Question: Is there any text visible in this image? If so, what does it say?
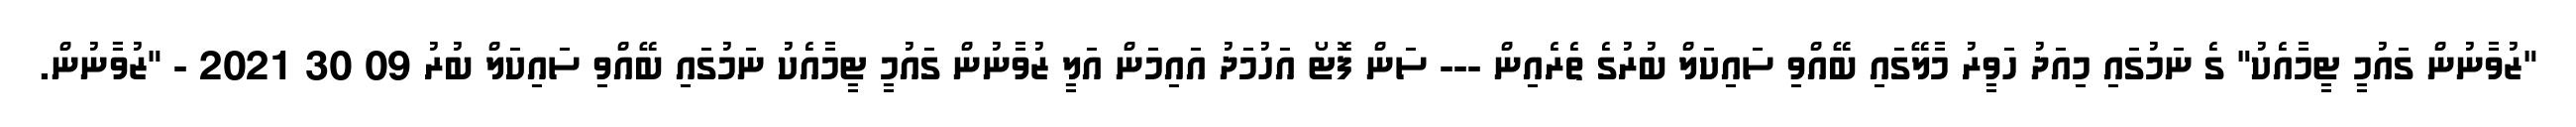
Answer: "ޒުވާނުން ގައުމީ ޓީމާއެކު" ގެ ނަމުގައި މިއަދު ހަވީރު މާލޭގައި ބޭއްވި ސައިކަލް ބުރުގެ ތެރެއިން --- ސަން ފޮޓޯ އަހުމަދު އައިމަން އަލީ ޒުވާނުން ގައުމީ ޓީމާއެކު ނަމުގައި ބޭއްވި ސައިކަލް ބުރު 09 30 2021 - "ޒުވާނުން.